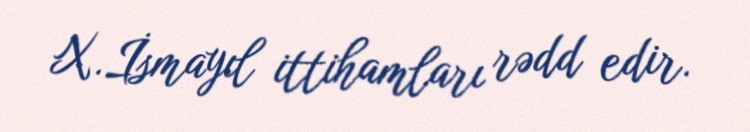
X.İsmayıl ittihamları rədd edir.